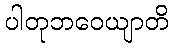
ပါတုဘဝေယျာတိ